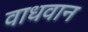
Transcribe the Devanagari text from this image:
वाधवान